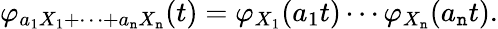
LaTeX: \varphi_{a_{1}X_{1}+\cdots+a_{\mathtt{n}}X_{\mathtt{n}}}(t)=\varphi_{X_{1}}(a_{1}t)\cdots\varphi_{X_{\mathtt{n}}}(a_{\mathtt{n}}t).